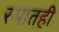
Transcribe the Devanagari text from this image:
रुपातही